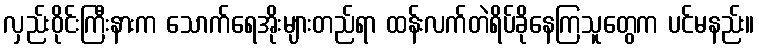
လှည်းဝိုင်းကြီးနားက သောက်ရေအိုးများတည်ရာ ထန်းလက်တဲရိပ်ခိုနေကြသူတွေက ပင်မနည်း။